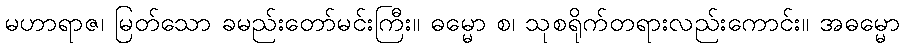
မဟာရာဇ၊ မြတ်သော ခမည်းတော်မင်းကြီး။ ဓမ္မော စ၊ သုစရိုက်တရားလည်းကောင်း။ အဓမ္မော